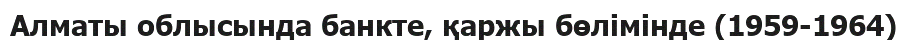
Алматы облысында банкте, қаржы бөлімінде (1959-1964)